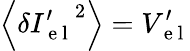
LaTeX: \left\langle{{\delta{{I}_{\mathrm{~e~l~}}^{\prime}}}^{2}}\right\rangle={{V}_{\mathrm{~e~l~}}^{\prime}}